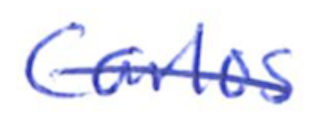
Text: Carlos
Cross-out: single-line
Writing tool: ballpoint